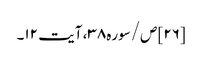
[۲۶] ص/سوره۳۸، آیت ۱۲۔